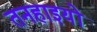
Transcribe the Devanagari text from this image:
तनहाइयों